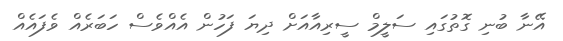
އޭނާ ބުނި ގޮތުގައި ސަލީމް ސީރިއާއަށް ދިޔަ ފަހުން އެއްވެސް ހަބަރެއް ވެފައެއް